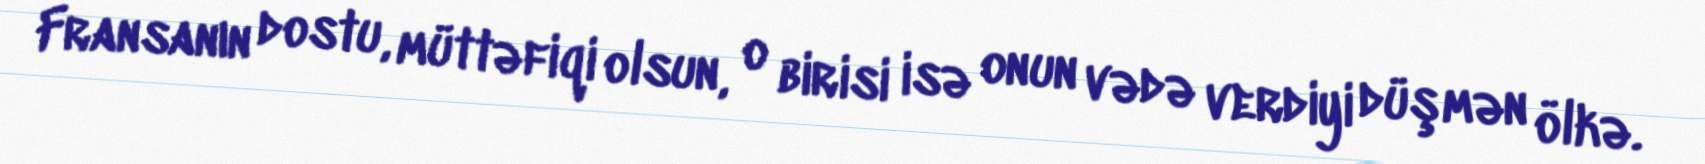
Fransanın dostu, müttəfiqi olsun, o birisi isə onun vədə verdiyi düşmən ölkə.